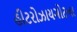
હીટરોઝાયગોટના